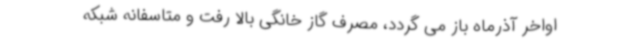
اواخر آذرماه باز می گردد، مصرف گاز خانگی بالا رفت و متاسفانه شبکه